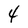
Character: 4